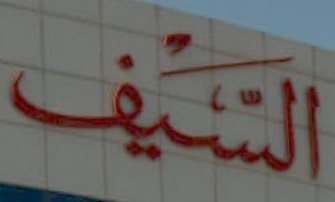
الشيف